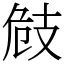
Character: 㩻